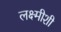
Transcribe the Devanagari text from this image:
लक्ष्मीशी